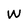
Character: W